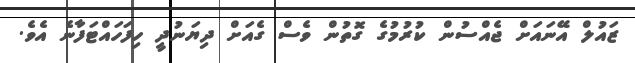
ޒައުލް އޭނައަށް ޖެއްސުން ކުރުމުގެ ގޮތުން ވެސް ގެއަށް ދިޔަނުދީ ހިފަހައްޓަފާނެ އެވެ.